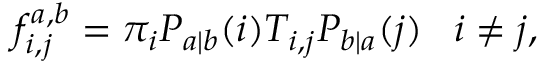
f _ { i , j } ^ { a , b } = \pi _ { i } P _ { a | b } ( i ) T _ { i , j } P _ { b | a } ( j ) \; \; \; i \ne j ,